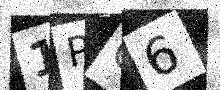
Text: 1PC6